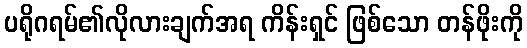
ပရိုဂရမ်၏လိုလားချက်အရ ကိန်းရှင် ဖြစ်သော တန်ဖိုးကို